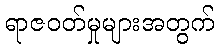
ရာဇဝတ်မှုများအတွက်